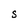
Character: S